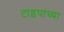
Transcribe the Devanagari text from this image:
टाइपांच्या